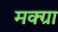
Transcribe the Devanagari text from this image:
मक्ग्रा